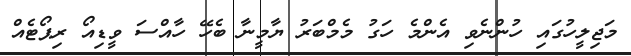
މަޖިލީހުގައި ހުންނެވި އެންމެ ހަގު މެމްބަރު ޔާމީނާ ބެހޭ ހާއްސަ ވީޑިއޯ ރިޕޯޓެއް